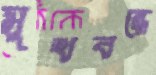
মুখবন্ধে